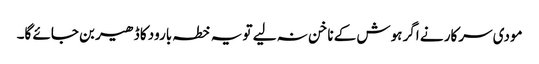
مودی سرکار نے اگر ہوش کے ناخن نہ لیے تو یہ خطہ بارود کا ڈھیر بن جائے گا۔